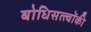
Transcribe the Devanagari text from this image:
बोधिसत्त्‍वोंकी